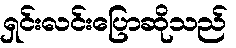
ရှင်းလင်းပြောဆိုသည်